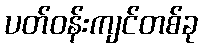
ပတ်ဝန်းကျင်တစ်ခု